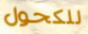
للكحول